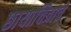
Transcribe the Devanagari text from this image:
छायाचित्राचे